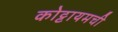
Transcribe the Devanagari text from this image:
कोट्टायमची